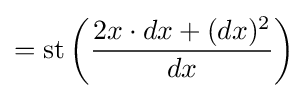
=\operatorname {st} \left({\frac {2x\cdot dx+(dx)^{2}}{dx}}\right)